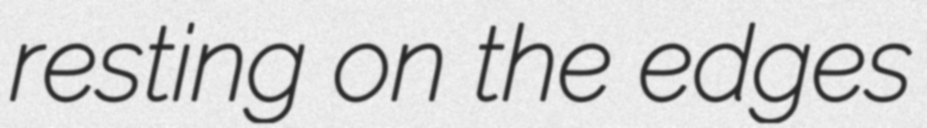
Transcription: resting on the edges